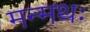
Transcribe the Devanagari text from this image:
मन्मथः